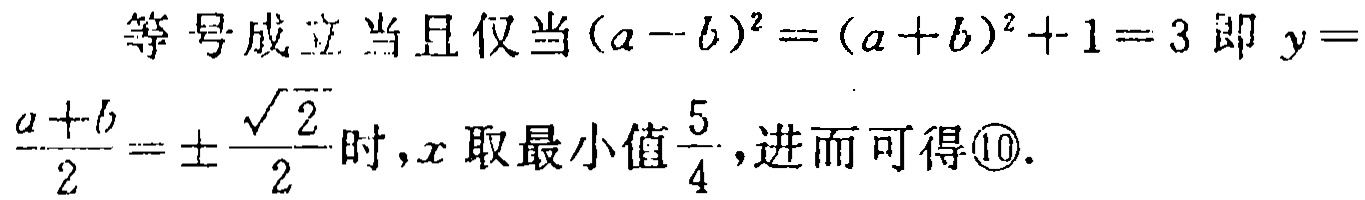
等号成立当且仅当\((a - b)^2 = (a + b)^2 + 1 = 3\)即\(y = \frac{a + b}{2} = \pm\frac{\sqrt{2}}{2}\)时，\(x\)取最小值\(\frac{5}{4}\)，进而可得\textcircled{10}.